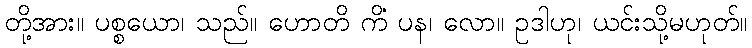
တို့အား။ ပစ္စယော၊ သည်။ ဟောတိ ကိံ ပန၊ လော။ ဥဒါဟု၊ ယင်းသို့မဟုတ်။